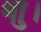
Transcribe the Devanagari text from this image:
थाु।